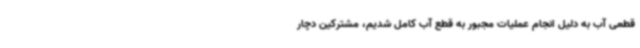
قطعی آب به دلیل انجام عملیات مجبور به قطع آب کامل شدیم، مشترکین دچار